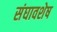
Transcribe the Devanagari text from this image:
संघावशेष